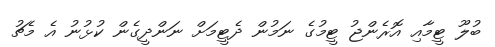
ބުލޫ ޓީމާއި އޮރެންޖު ޓީމުގެ ނަމުން ދެޓީމަށް ނަންދީގެން ކުޅުނު އެ މެޗު